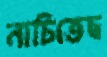
নাচিতেছ